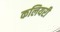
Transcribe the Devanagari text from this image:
कलियरी